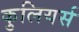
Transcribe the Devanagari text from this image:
कुलियर्स